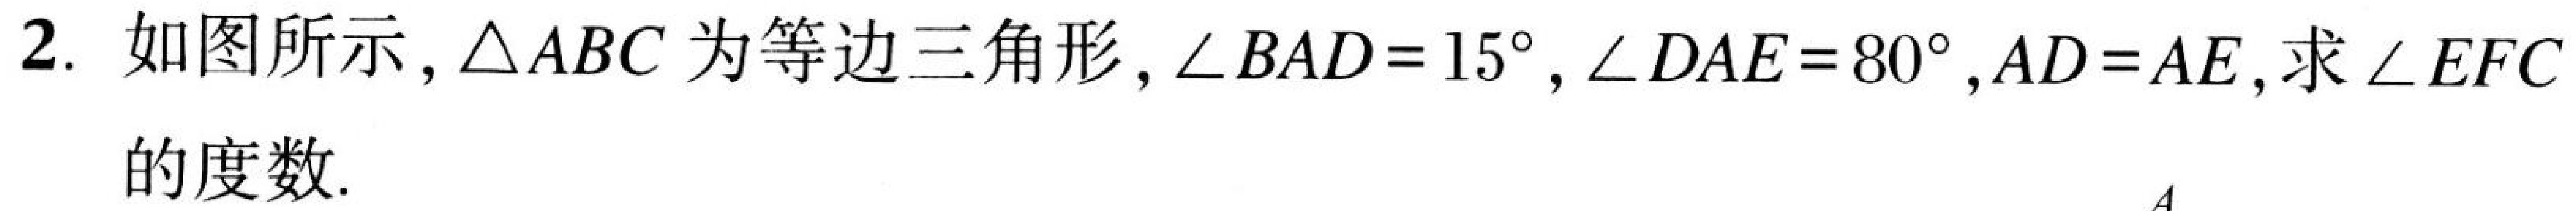
2. 如图所示，$\triangle ABC$为等边三角形，$\angle BAD = 15^{\circ}$，$\angle DAE = 80^{\circ}$，$AD = AE$，求$\angle EFC$的度数.